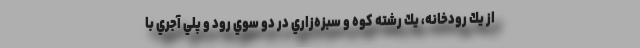
از يك رودخانه، يك رشته كوه و سبزه‌زاري در دو سوي رود و پلي آجري با